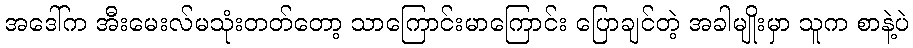
အဒေါ်က အီးမေးလ်မသုံးတတ်တော့ သာကြောင်းမာကြောင်း ပြောချင်တဲ့ အခါမျိုးမှာ သူက စာနဲ့ပဲ